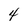
Character: 4